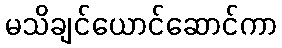
မသိချင်ယောင်ဆောင်ကာ